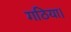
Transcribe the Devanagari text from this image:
गठिया।